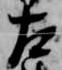
左